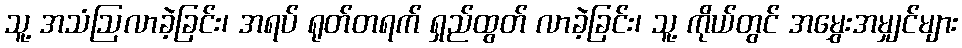
သူ့ အသံဩလာခဲ့ခြင်း၊ အရပ် ရုတ်တရက် ရှည်ထွတ် လာခဲ့ခြင်း၊ သူ့ ကိုယ်တွင် အမွှေးအမျှင်များ